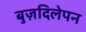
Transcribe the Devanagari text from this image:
बुज़दिलेपन